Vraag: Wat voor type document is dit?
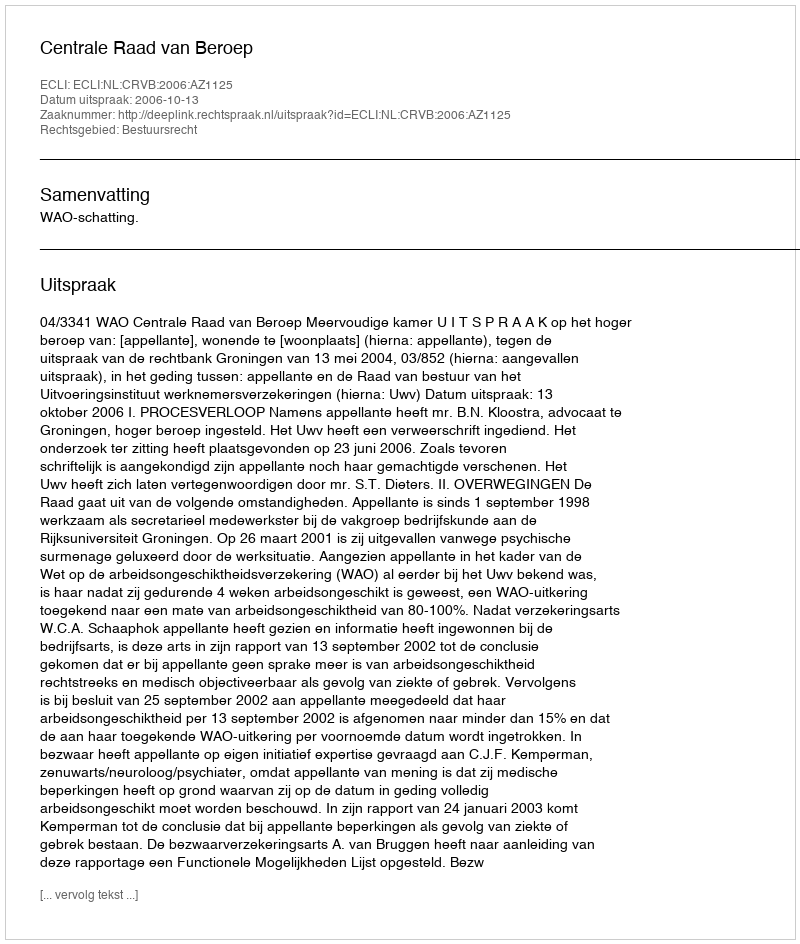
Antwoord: Uitspraak